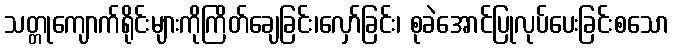
သတ္တုကျောက်ရိုင်းများကိုကြိတ်ချေခြင်း၊လှော်ခြင်း၊ စုခဲအောင်ပြုလုပ်ပေးခြင်းစသော